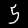
Digit: 5